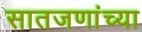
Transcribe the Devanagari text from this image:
सातजणांच्या